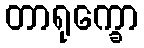
တာရုက္ခော